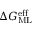
\Delta G _ { \mathrm { M L } } ^ { \mathrm { e f f } }